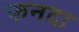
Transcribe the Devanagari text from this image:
फनदा